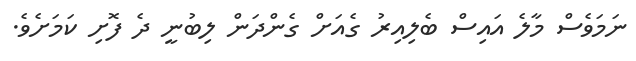
ނަމަވެސް މާލެ އައިސް ބެލިއިރު ގެއަށް ގެންދަން ލިބުނީ ދެ ފޮށި ކަމަށެވެ.